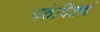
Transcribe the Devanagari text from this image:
पठेदिष्टदं